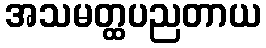
အသမတ္ထပညတာယ